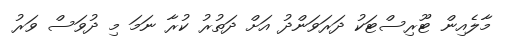
މާލެއިން ޓޫރިސްޓަކު ދަރަވަންދު އަށް ދަތުރު ކުރާ ނަމަ މި ދުވަސް ވަރު